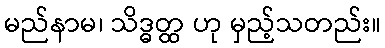
မည်နာမ၊ သိဒ္ဓတ္ထ ဟု မှည့်သတည်း။